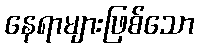
နေရာများဖြစ်သော